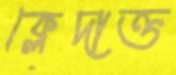
ক্লেদাক্ত